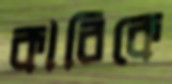
কারিকে